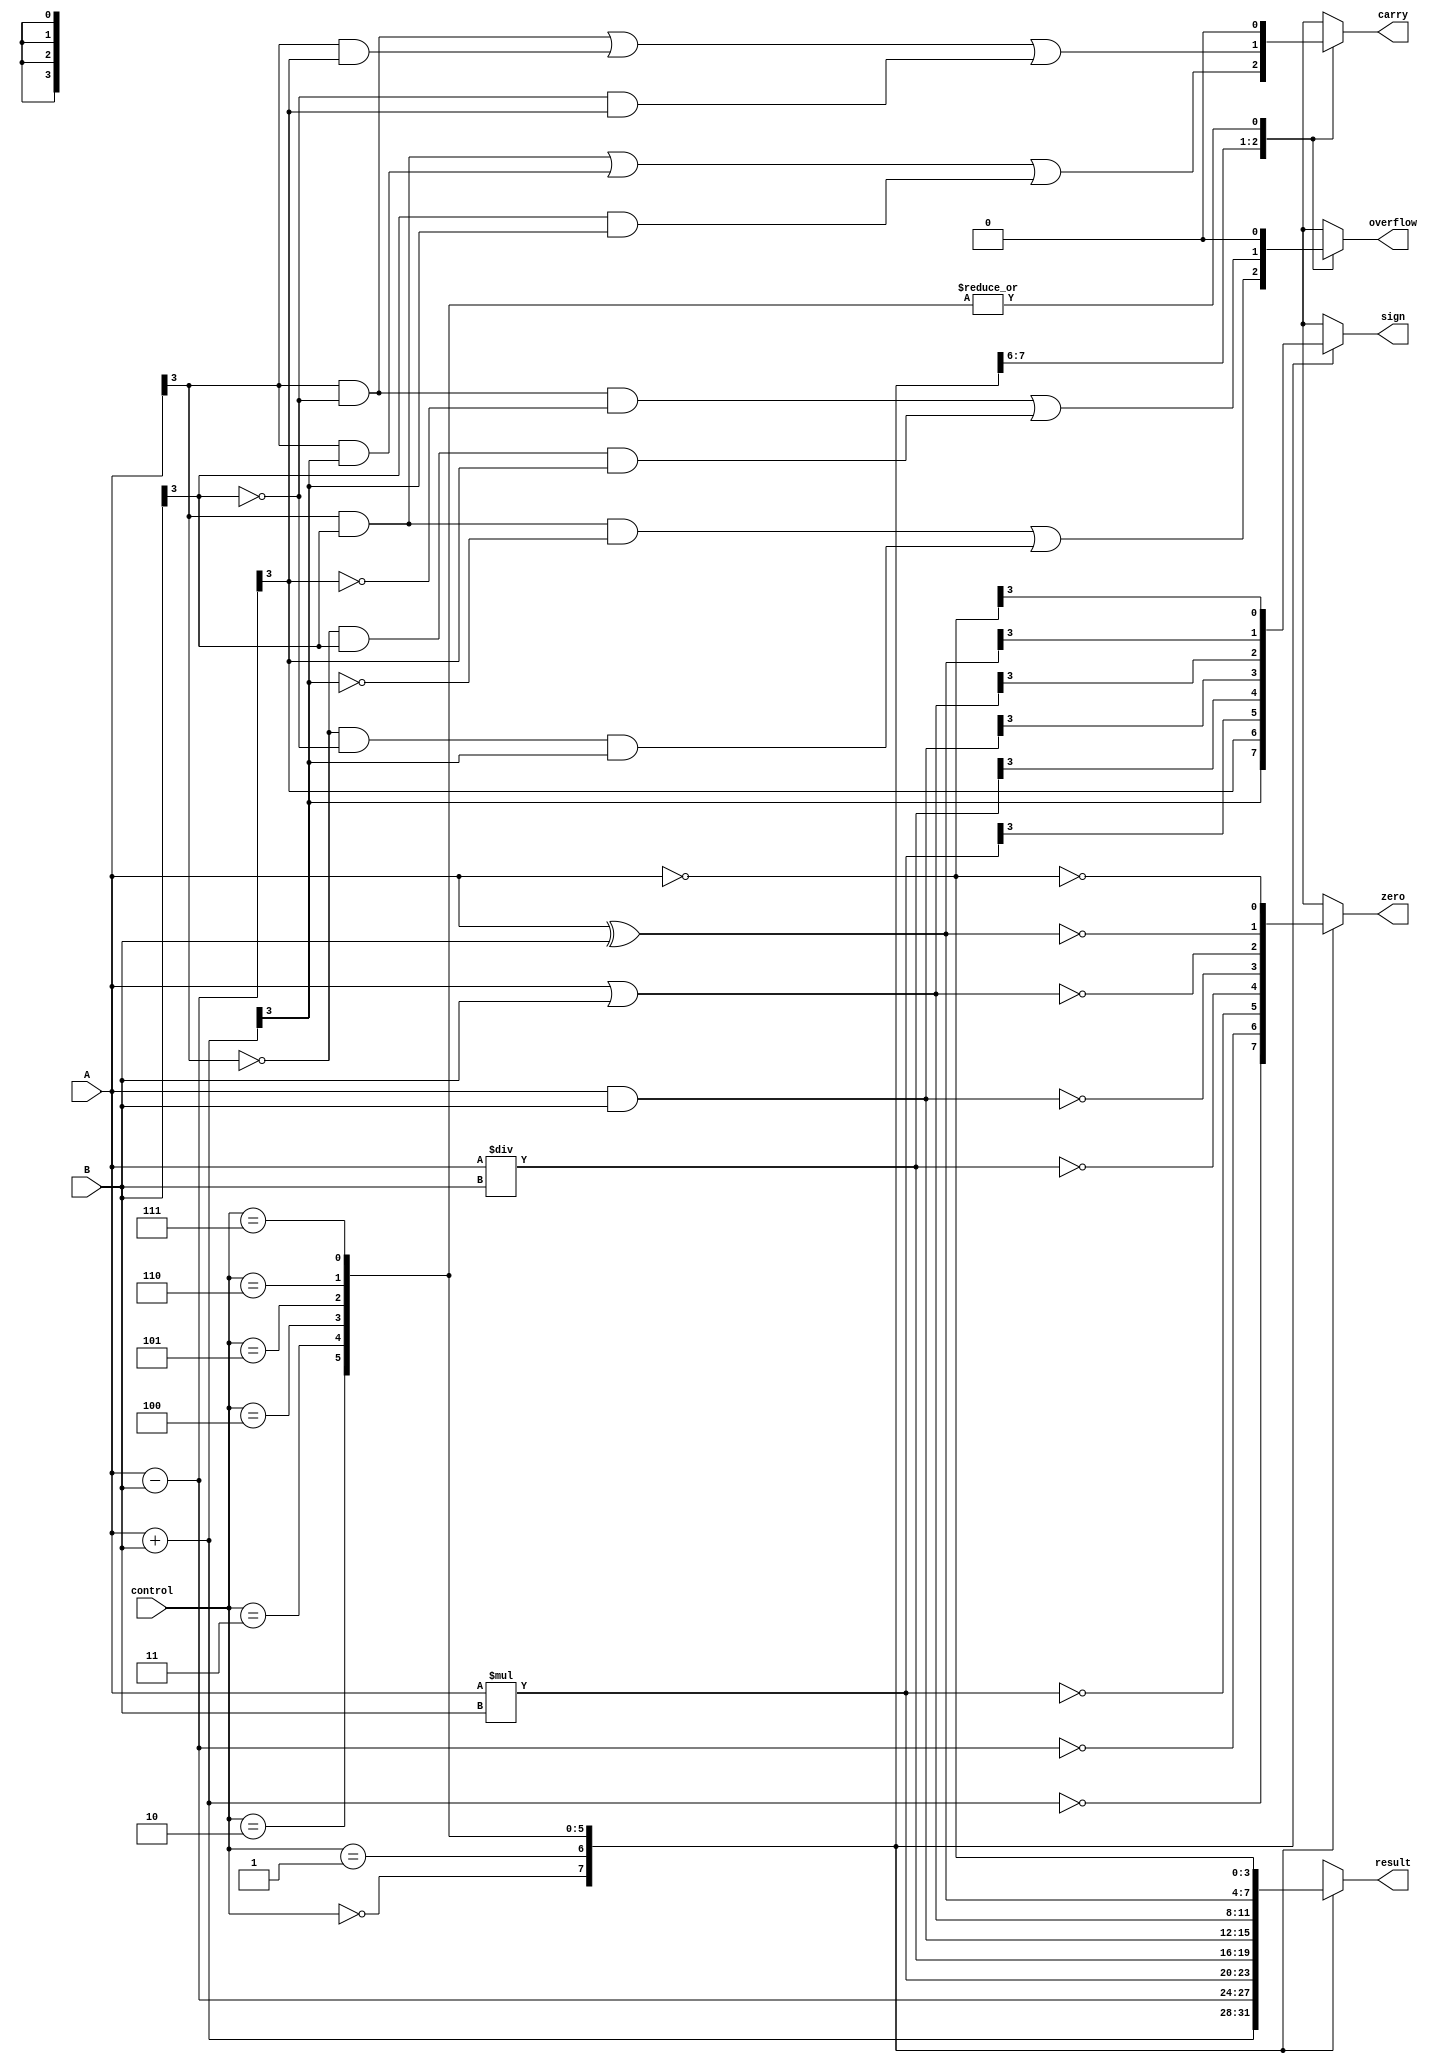
module ALU (
    input [3:0] A,
    input [3:0] B,
    input [2:0] control,
    output reg [3:0] result,
    output reg carry,
    output reg overflow,
    output reg zero,
    output reg sign
);

always @(*) begin
    case (control)
        3'b000: // Addition
            begin
                result = A + B;
                carry = (A[3] & B[3]) | (A[3] & result[3]) | (B[3] & result[3]);
                overflow = (A[3] & B[3] & ~result[3]) | (~A[3] & ~B[3] & result[3]);
                zero = (result == 4'b0000);
                sign = result[3];
            end
        3'b001: // Subtraction
            begin
                result = A - B;
                carry = (A[3] & ~B[3]) | (A[3] & result[3]) | (~B[3] & result[3]);
                overflow = (A[3] & ~B[3] & ~result[3]) | (~A[3] & B[3] & result[3]);
                zero = (result == 4'b0000);
                sign = result[3];
            end
        3'b010: // Multiplication
            begin
                result = A * B;
                carry = 0;
                overflow = 0;
                zero = (result == 4'b0000);
                sign = result[3];
            end
        3'b011: // Division
            begin
                result = A / B;
                carry = 0;
                overflow = 0;
                zero = (result == 4'b0000);
                sign = result[3];
            end
        3'b100: // AND
            begin
                result = A & B;
                carry = 0;
                overflow = 0;
                zero = (result == 4'b0000);
                sign = result[3];
            end
        3'b101: // OR
            begin
                result = A | B;
                carry = 0;
                overflow = 0;
                zero = (result == 4'b0000);
                sign = result[3];
            end
        3'b110: // XOR
            begin
                result = A ^ B;
                carry = 0;
                overflow = 0;
                zero = (result == 4'b0000);
                sign = result[3];
            end
        3'b111: // NOT
            begin
                result = ~A;
                carry = 0;
                overflow = 0;
                zero = (result == 4'b0000);
                sign = result[3];
            end
    endcase
end

endmodule